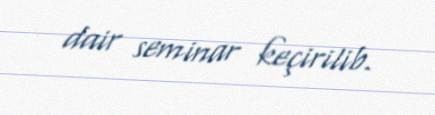
dair seminar keçirilib.